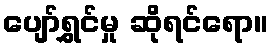
ပျော်ရွှင်မှု ဆိုရင်ရော။